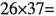
$$26\times 37=$$